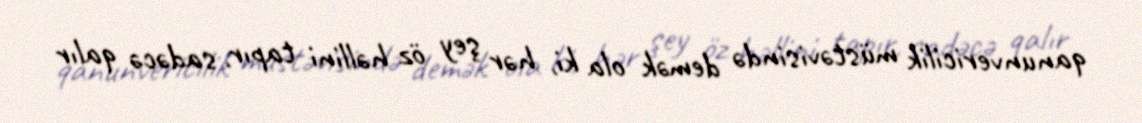
qanunvericilik müstəvisində demək ola ki, hər şey öz həllini tapır, sadəcə qalır